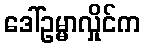
ဒေါ်ဥမ္မာလှိုင်က